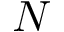
N